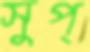
সুপ্